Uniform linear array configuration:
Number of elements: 24
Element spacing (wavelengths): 0.75
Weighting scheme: uniform
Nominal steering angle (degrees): -45
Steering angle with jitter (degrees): -43.432
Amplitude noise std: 0.05
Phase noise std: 0.05

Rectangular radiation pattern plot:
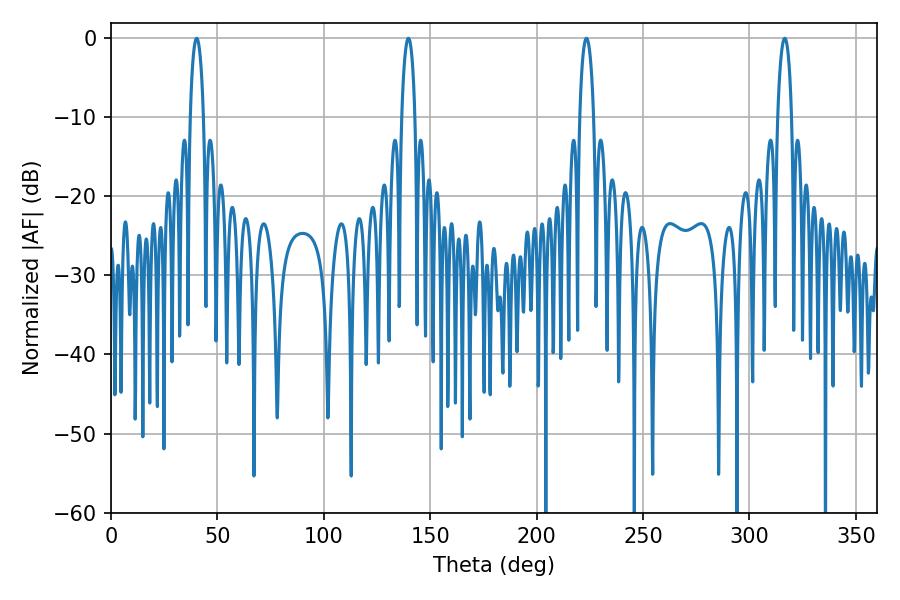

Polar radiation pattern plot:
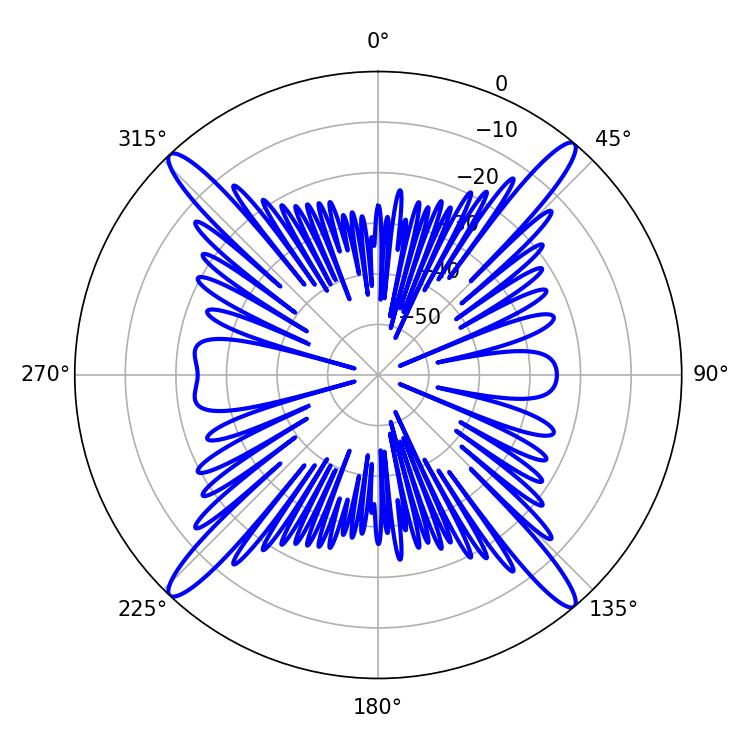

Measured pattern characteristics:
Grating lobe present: TRUE
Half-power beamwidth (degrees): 3.78
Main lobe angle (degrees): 223.38